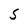
Character: S